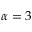
\alpha = 3